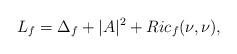
LaTeX: \begin{align*} L_f=\Delta_f+|A|^2+Ric_f(\nu,\nu),\end{align*}